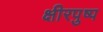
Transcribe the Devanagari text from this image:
क्षीरपुष्प